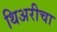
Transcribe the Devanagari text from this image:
थिअरीचा